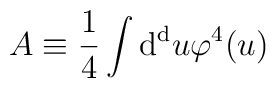
A \equiv  { 1 \over 4}  \int {\rm d^d}  u    \varphi^4  (u)